Vaccination in Bombay 1856-1862 - 1856-1862
Year: 1856
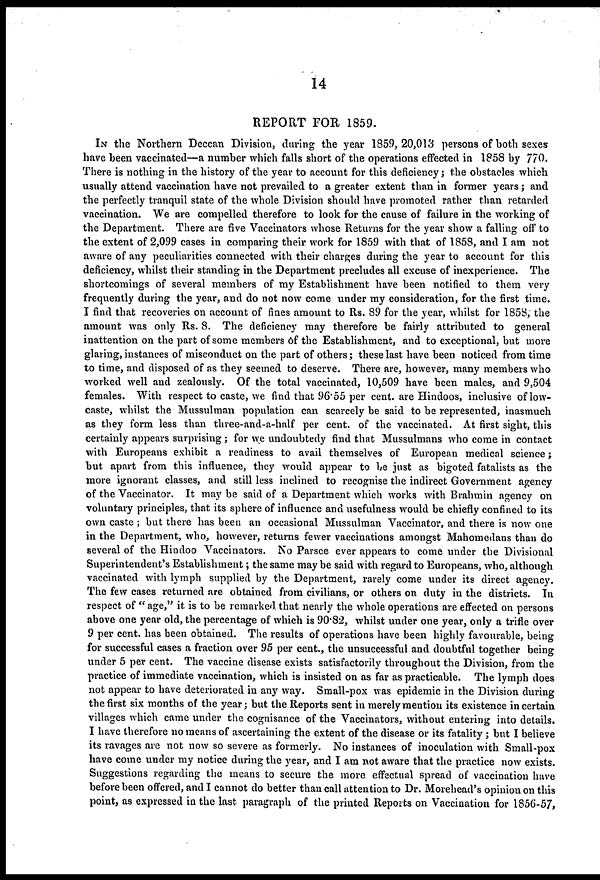
14
REPORT FOR 1859.
IN the Northern Deccan Division, during the year 1859,20,013 persons of both sexes
have been vaccinated—a number which falls short of the operations effected in 1858 by 770.
There is nothing in the history of the year to account for this deficiency; the obstacles which
usually attend vaccination have not prevailed to a greater extent than in former years; and
the perfectly tranquil state of the whole Division should have promoted rather than retarded
vaccination. We are compelled therefore to look for the cause of failure in the working of
the Department. There are five Vaccinators whose Returns for the year show a falling off to
the extent of 2,099 cases in comparing their work for 1859 with that of 1858, and I am not
aware of any peculiarities connected with their charges during the year to account for this
deficiency, whilst their standing in the Department precludes all excuse of inexperience. The
shortcomings of several members of my Establishment have been notified to them very
frequently during the year, and do not now come under my consideration, for the first time.
I find that recoveries on account of fines amount to Rs. 89 for the year, whilst for 1858, the
amount was only Rs. 8. The deficiency may therefore be fairly attributed to general
inattention on the part of some members of the Establishment, and to exceptional, but more
glaring, instances of misconduct on the part of others; these last have been noticed from time
to time, and disposed of as they seemed to deserve. There are, however, many members who
worked well and zealously. Of the total vaccinated, 10,509 have been males, and 9,504
females. With respect to caste, we find that 96.55 per cent. are Hindoos, inclusive of low-
caste, whilst the Mussulman population can scarcely be said to be represented, inasmuch
as they form less than three-and-a-half per cent. of the vaccinated. At first sight, this
certainly appears surprising; for we undoubtedy find that Mussulmans who come in contact
with Europeans exhibit a readiness to avail themselves of European medical science;
but apart from this influence, they would appear to be just as bigoted fatalists as the
more ignorant classes, and still less inclined to recognise the indirect Government agency
of the Vaccinator. It may be said of a Department which works with Brahmin agency on
voluntary principles, that its sphere of influence and usefulness would be chiefly confined to its
own caste; but there has been an occasional Mussulman Vaccinator, and there is now one
in the Department, who, however, returns fewer vaccinations amongst Mahomedans than do
several of the Hindoo Vaccinators. No Parsee ever appears to come under the Divisional
Superintendent's Establishment; the same may be said with regard to Europeans, who, although
vaccinated with lymph supplied by the Department, rarely come under its direct agency.
The few cases returned are obtained from civilians, or others on duty in the districts. In
respect of " age," it is to be remarked that nearly the whole operations are effected on persons
above one year old, the percentage of which is 90.82, whilst under one year, only a trifle over
9 per cent, has been obtained. The results of operations have been highly favourable, being
for successful cases a fraction over 95 per cent., the unsuccessful and doubtful together being
under 5 per cent. The vaccine disease exists satisfactorily throughout the Division, from the
practice of immediate vaccination, which is insisted on as far as practicable. The lymph does
not appear to have deteriorated in any way. Small-pox was epidemic in the Division during
the first six months of the year; but the Reports sent in merely mention its existence in certain
villages which came under the cognisance of the Vaccinators, without entering into details.
I have therefore no means of ascertaining the extent of the disease or its fatality ; but I believe
its ravages are not now so severe as formerly. No instances of inoculation with Small-pox
have come under my notice during the year, and I am not aware that the practice now exists.
Suggestions regarding the means to secure the more effectual spread of vaccination have
before been offered, and I cannot do better than call attention to Dr. Morehead's opinion on this
point, as expressed in the last paragraph of the printed Reports on Vaccination for 1856-57,